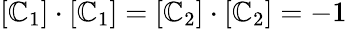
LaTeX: [\mathbb{C}_{1}]\cdot[\mathbb{C}_{1}]=[\mathbb{C}_{2}]\cdot[\mathbb{C}_{2}]=-1